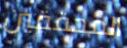
المحققين